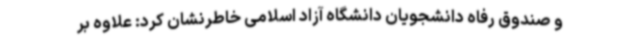
و صندوق رفاه دانشجویان دانشگاه آزاد اسلامی خاطرنشان کرد: علاوه بر